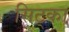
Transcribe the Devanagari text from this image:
सिट्का